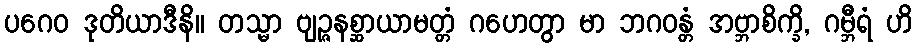
ပဂေဝ ဒုတိယာဒီနိ။ တသ္မာ ဗျဉ္ဇနစ္ဆာယာမတ္တံ ဂဟေတွာ မာ ဘဂဝန္တံ အဗ္ဘာစိက္ခိ, ဂမ္ဘီရံ ဟိ